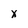
Character: X